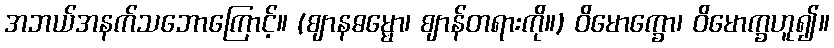
အဘယ်အနက်သဘောကြောင့်။ (ဈာနဓမ္မော၊ ဈာန်တရားကို။) ဝိမောက္ခော၊ ဝိမောက္ခဟူ၍။